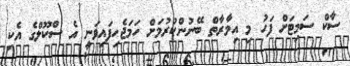
ސާކް ސަމިޓަށް ފަހު މި އިމާރާތް ބޭނުންކުރުމަށް ހަމަޖެހިފައިވަނީ އެ ސްކޫލްގެ އެކި